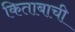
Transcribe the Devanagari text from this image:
किताबाची